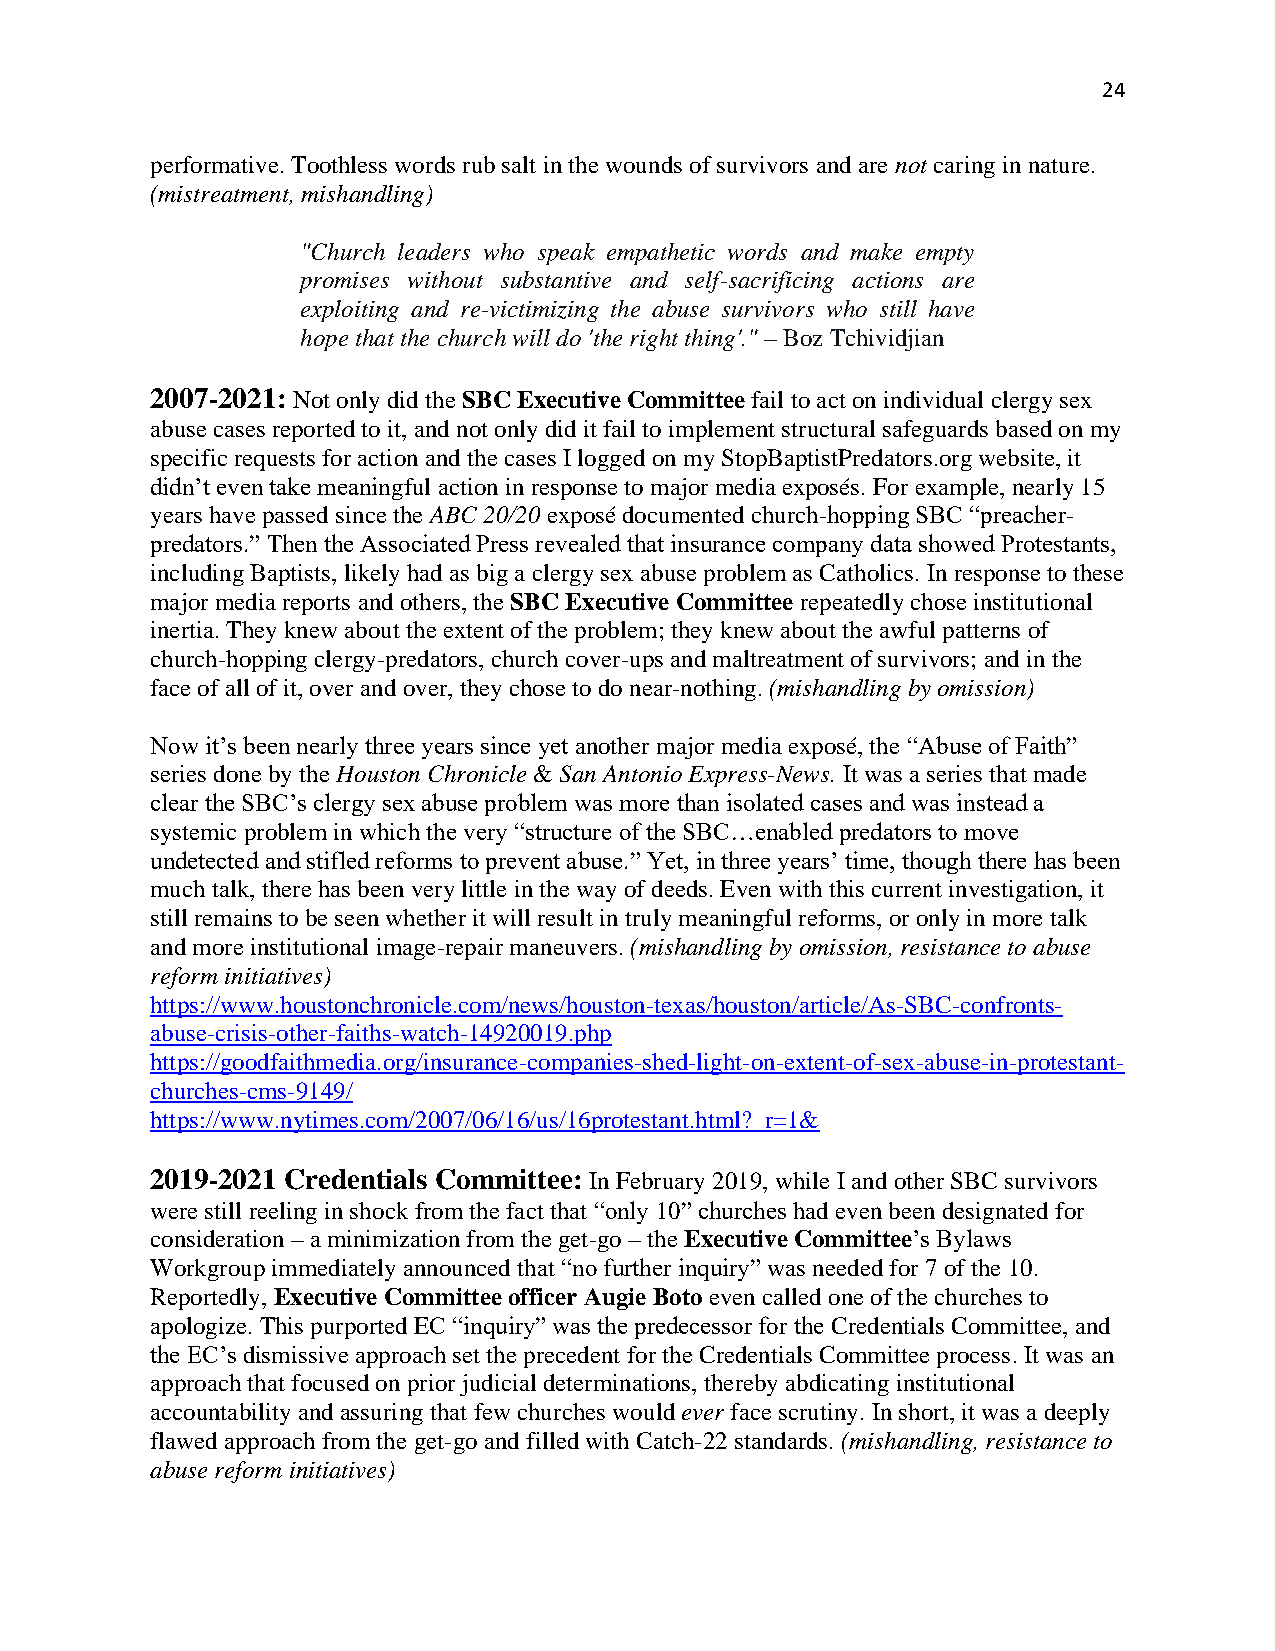
24
 performative. Toothless words rub salt in the wounds of survivors and are not caring in nature.
 (mistreatment, mishandling)
 "Church leaders who speak empathetic words and make empty
 promises without substantive and self-sacrificing actions are
 exploiting and re-victimizing the abuse survivors who still have
 hope that the church will do 'the right thing'." – Boz Tchividjian
 2007-2021: Not only did the SBC Executive Committee fail to act on individual clergy sex
 abuse cases reported to it, and not only did it fail to implement structural safeguards based on my
 specific requests for action and the cases I logged on my StopBaptistPredators.org website, it
 didn’t even take meaningful action in response to major media exposés. For example, nearly 15
 years have passed since the ABC 20/20 exposé documented church-hopping SBC “preacher-
 predators.” Then the Associated Press revealed that insurance company data showed Protestants,
 including Baptists, likely had as big a clergy sex abuse problem as Catholics. In response to these
 major media reports and others, the SBC Executive Committee repeatedly chose institutional
 inertia. They knew about the extent of the problem; they knew about the awful patterns of
 church-hopping clergy-predators, church cover-ups and maltreatment of survivors; and in the
 face of all of it, over and over, they chose to do near-nothing. (mishandling by omission)
 Now it’s been nearly three years since yet another major media exposé, the “Abuse of Faith”
 series done by the Houston Chronicle & San Antonio Express-News. It was a series that made
 clear the SBC’s clergy sex abuse problem was more than isolated cases and was instead a
 systemic problem in which the very “structure of the SBC…enabled predators to move
 undetected and stifled reforms to prevent abuse.” Yet, in three years’ time, though there has been
 much talk, there has been very little in the way of deeds. Even with this current investigation, it
 still remains to be seen whether it will result in truly meaningful reforms, or only in more talk
 and more institutional image-repair maneuvers. (mishandling by omission, resistance to abuse
 reform initiatives)
 https://www.houstonchronicle.com/news/houston-texas/houston/article/As-SBC-confronts-
 abuse-crisis-other-faiths-watch-14920019.php
 https://goodfaithmedia.org/insurance-companies-shed-light-on-extent-of-sex-abuse-in-protestant-
 churches-cms-9149/
 https://www.nytimes.com/2007/06/16/us/16protestant.html?_r=1&
 2019-2021 Credentials Committee: In February 2019, while I and other SBC survivors
 were still reeling in shock from the fact that “only 10” churches had even been designated for
 consideration – a minimization from the get-go – the Executive Committee’s Bylaws
 Workgroup immediately announced that “no further inquiry” was needed for 7 of the 10.
 Reportedly, Executive Committee officer Augie Boto even called one of the churches to
 apologize. This purported EC “inquiry” was the predecessor for the Credentials Committee, and
 the EC’s dismissive approach set the precedent for the Credentials Committee process. It was an
 approach that focused on prior judicial determinations, thereby abdicating institutional
 accountability and assuring that few churches would ever face scrutiny. In short, it was a deeply
 flawed approach from the get-go and filled with Catch-22 standards. (mishandling, resistance to
 abuse reform initiatives)